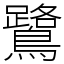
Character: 鷺